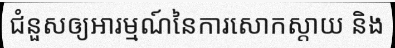
ជំនួសឲ្យអារម្មណ៍នៃការសោកស្តាយ និង